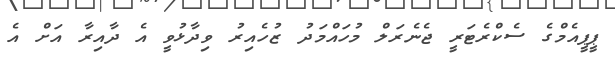
ޕީޕީއެމްގެ ސެކްރެޓަރީ ޖެނެރަލް މުހައްމަދު ޒުހެއިރު ވިދާޅުވީ އެ ދާއިރާ އަށް އެ